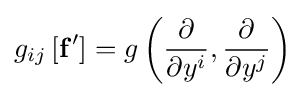
g_{ij}\left[\mathbf {f} '\right]=g\left({\frac {\partial }{\partial y^{i}}},{\frac {\partial }{\partial y^{j}}}\right)